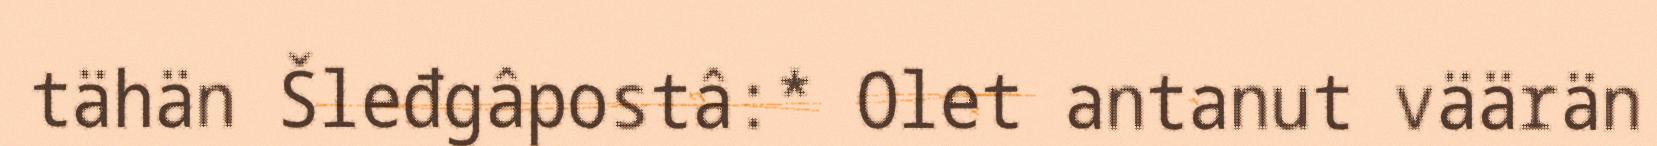
tähän Šleđgâpostâ:* Olet antanut väärän